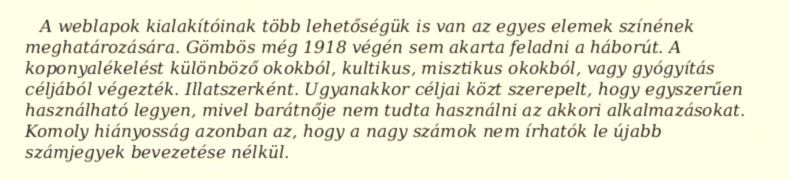
A weblapok kialakítóinak több lehetőségük is van az egyes elemek színének meghatározására. Gömbös még 1918 végén sem akarta feladni a háborút. A koponyalékelést különböző okokból, kultikus, misztikus okokból, vagy gyógyítás céljából végezték. Illatszerként. Ugyanakkor céljai közt szerepelt, hogy egyszerűen használható legyen, mivel barátnője nem tudta használni az akkori alkalmazásokat. Komoly hiányosság azonban az, hogy a nagy számok nem írhatók le újabb számjegyek bevezetése nélkül.